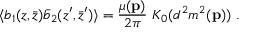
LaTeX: \langle b _ { 1 } ( z , \bar { z } ) \bar { b } _ { 2 } ( z ^ { \prime } , \bar { z } ^ { \prime } ) \rangle = { \frac { \mu ( { \bf p } ) } { 2 \pi } } ~ K _ { 0 } ( d ^ { 2 } m ^ { 2 } ( { \bf p } ) ) ~ .